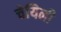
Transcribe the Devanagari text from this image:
चेयिनी